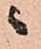
ニ